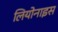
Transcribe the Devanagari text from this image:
लियोनाइस